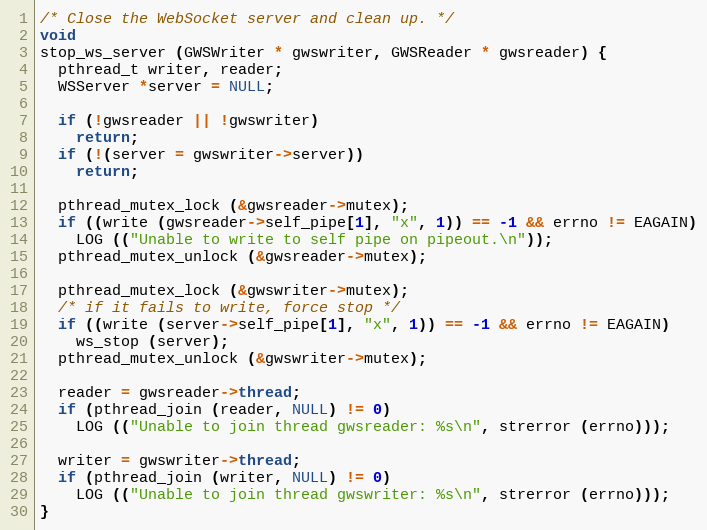
Language: C
/* Close the WebSocket server and clean up. */
void
stop_ws_server (GWSWriter * gwswriter, GWSReader * gwsreader) {
  pthread_t writer, reader;
  WSServer *server = NULL;

  if (!gwsreader || !gwswriter)
    return;
  if (!(server = gwswriter->server))
    return;

  pthread_mutex_lock (&gwsreader->mutex);
  if ((write (gwsreader->self_pipe[1], "x", 1)) == -1 && errno != EAGAIN)
    LOG (("Unable to write to self pipe on pipeout.\n"));
  pthread_mutex_unlock (&gwsreader->mutex);

  pthread_mutex_lock (&gwswriter->mutex);
  /* if it fails to write, force stop */
  if ((write (server->self_pipe[1], "x", 1)) == -1 && errno != EAGAIN)
    ws_stop (server);
  pthread_mutex_unlock (&gwswriter->mutex);

  reader = gwsreader->thread;
  if (pthread_join (reader, NULL) != 0)
    LOG (("Unable to join thread gwsreader: %s\n", strerror (errno)));

  writer = gwswriter->thread;
  if (pthread_join (writer, NULL) != 0)
    LOG (("Unable to join thread gwswriter: %s\n", strerror (errno)));
}